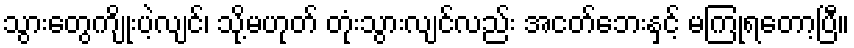
သွားတွေကျိုးပဲ့လျင်၊ သို့မဟုတ် တုံးသွားလျင်လည်း အငတ်ဘေးနှင့် မကြုံရတော့ပြီ။